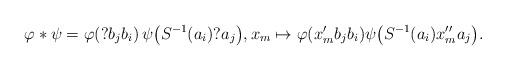
LaTeX: \begin{align*}\varphi \ast \psi = \varphi\!\left( ? b_j b_i \right) \psi\big(S^{-1}(a_i) ? a_j\big), x_m \mapsto \varphi ( x_m' b_j b_i ) \psi\big(S^{-1}(a_i) x_m'' a_j\big).\end{align*}